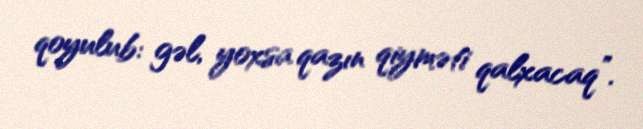
qoyulub: gəl, yoxsa qazın qiyməti qalxacaq”.